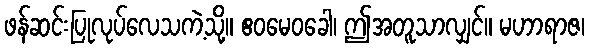
ဖန်ဆင်းပြုလုပ်လေသကဲ့သို့။ ဧဝမေဝခေါ၊ ဤအတူသာလျှင်။ မဟာရာဇ၊